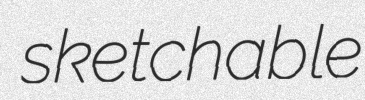
sketchable